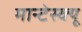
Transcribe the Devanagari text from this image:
मान्टेस्क्यू